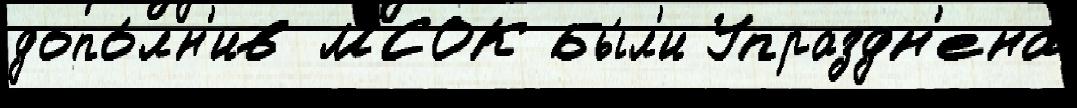
допо́лн'ив МСОК Бы́л'и Упраздн'ена́